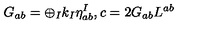
G _ { a b } = \oplus _ { I } k _ { I } \eta _ { a b } ^ { I } , c = 2 G _ { a b } L ^ { a b }